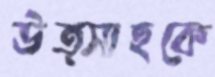
উত্সাহকে